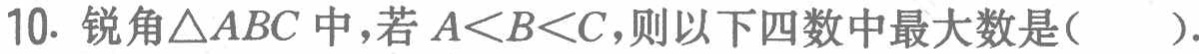
10. 锐角$\triangle ABC$中，若$A<B<C$，则以下四数中最大数是( ).